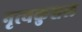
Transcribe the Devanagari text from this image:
नृत्यकुशल